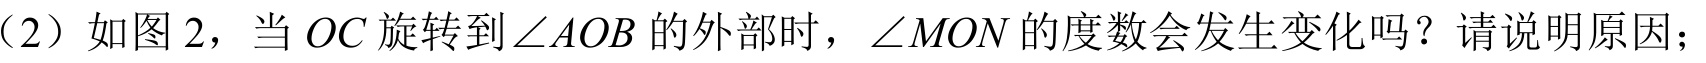
（2）如图 2，当 \(OC\) 旋转到\(\angle AOB\) 的外部时，\(\angle MON\) 的度数会发生变化吗？请说明原因；